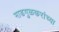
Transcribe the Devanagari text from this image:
माडगुळकरांच्या